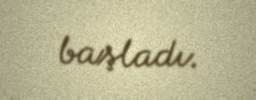
başladı.